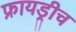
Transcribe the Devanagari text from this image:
फ्रायड्रीच